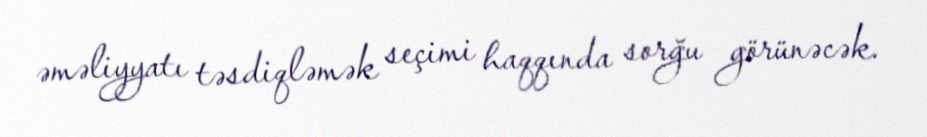
əməliyyatı təsdiqləmək seçimi haqqında sorğu görünəcək.